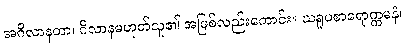
အဂိလာနတာ၊ ဂိလာနမဟုတ်သူ၏ အဖြစ်လည်းကောင်း။ ဃရူပစာရောက္ကမနံ၊